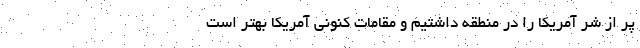
پر از شر آمریکا را در منطقه داشتیم و مقامات کنونی آمریکا بهتر است